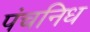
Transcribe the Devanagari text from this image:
पंचनिध